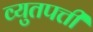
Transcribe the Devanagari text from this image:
व्युतपत्ती